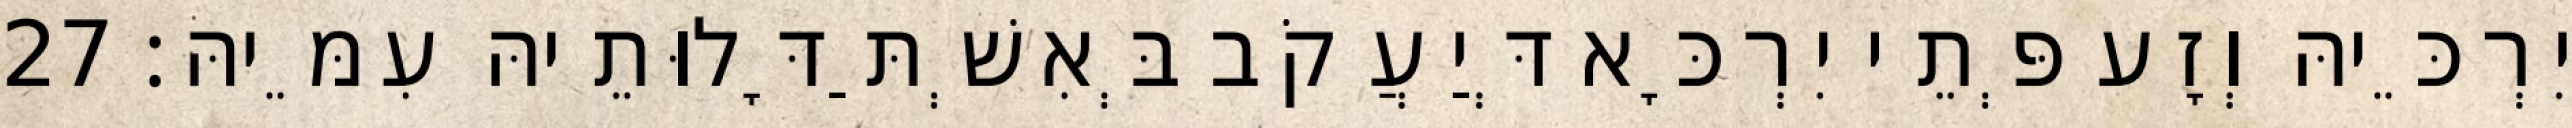
יִרְכֵּיהּ וְזָע פְּתֵי יִרְכָּא דְּיַעֲקֹב בְּאִשְׁתַּדָּלוּתֵיהּ עִמֵּיהּ׃ 27